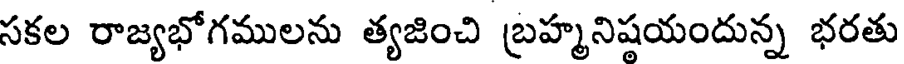
సకల రాజ్యభోగములను త్యజించి బ్రహ్మనిషయందున్న భరతు